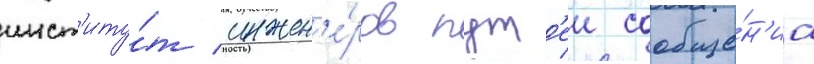
инст'иту́т инжен'е́ров пут'еи сообще́н'иа